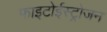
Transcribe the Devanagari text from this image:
फाइटोईस्ट्रोजन